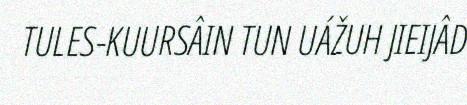
TULES-KUURSÂIN TUN UÁŽUH JIEIJÂD